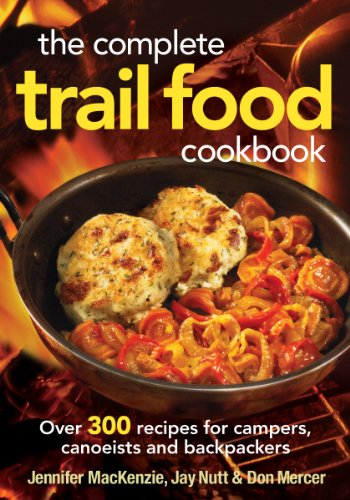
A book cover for The Complete Trail Food Cookbook: Over 300 Recipes for Campers, Canoeists and Backpackers; Jennifer MacKenzie; Cookbooks, Food & Wine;